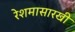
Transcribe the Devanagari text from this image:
रेशमासारखी